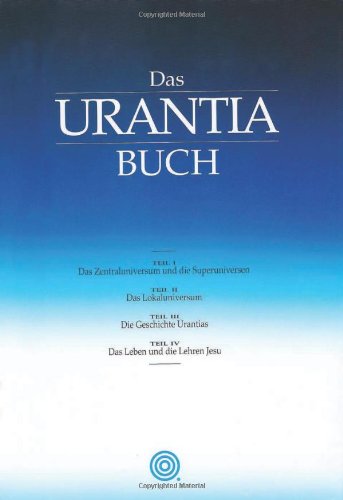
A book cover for Das Urantia Buch (German Edition); Urantia Foundation; Religion & Spirituality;